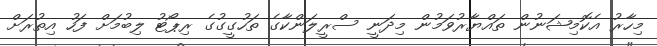
މިހާރު އެކޮމިޝަނުން ތައްޔާރުވަމުން މިދަނީ ސްރީލަންކާގެ ތަހުގީގުގެ ރިޕޯޓު ލިބުމަށް ފަހު އިިތުރަށް